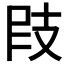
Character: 𢻀